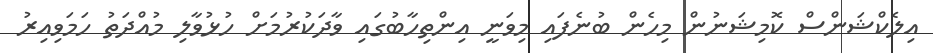
އިލެކްޝަންސް ކޮމިޝަނުން މިހެން ބުނެފައި މިވަނީ އިންތިހާބުގައި ވާދަކުރުމަށް ހުޅުވާލި މުއްދަތު ހަމަވިއިރު